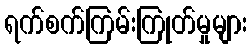
ရက်စက်ကြမ်းကြုတ်မှုများ